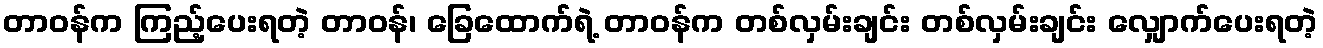
တာဝန်က ကြည့်ပေးရတဲ့ တာဝန်၊ ခြေထောက်ရဲ့ တာဝန်က တစ်လှမ်းချင်း တစ်လှမ်းချင်း လျှောက်ပေးရတဲ့